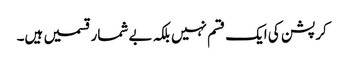
کرپشن کی ایک قسم نہیں بلکہ بے شمار قسمیں ہیں۔